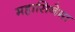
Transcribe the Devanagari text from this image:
महासिनेमा